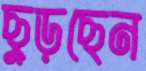
ছুড়ছেন